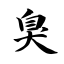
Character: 臭